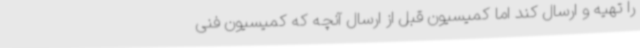
را تهیه و ارسال کند اما کمیسیون قبل از ارسال آنچه که کمیسیون فنی